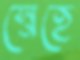
স্নেহে